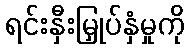
ရင်းနှီးမြှုပ်နှံမှုကို